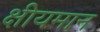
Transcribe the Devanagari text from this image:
क्षीयमान